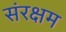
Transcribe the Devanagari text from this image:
संरक्षम